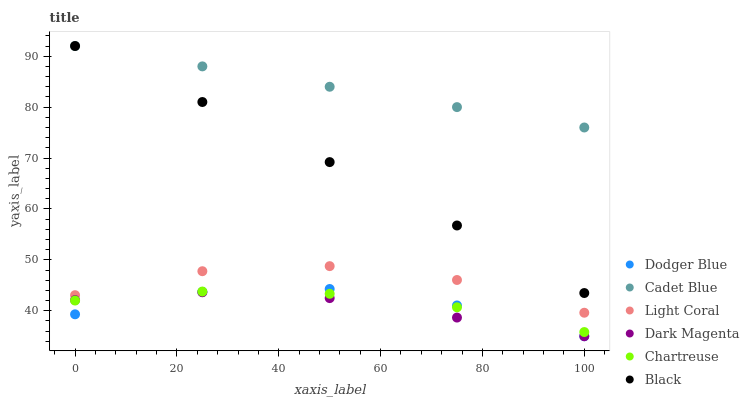
| xaxis_label | Dodger Blue | Cadet Blue | Light Coral | Dark Magenta | Chartreuse | Black |
 | --- | --- | --- | --- | --- | --- | --- |
 | 0 | 39.3 | 92 | 43.1 | 42.1 | 42 | 92 |
 | 25 | 43.7 | 88 | 47.8 | 43.6 | 43.8 | 81 |
 | 50 | 44.3 | 84 | 48.8 | 42.5 | 43.3 | 69.2 |
 | 75 | 41 | 80 | 46.1 | 38.7 | 40.7 | 56.8 |
 | 100 | 35 | 76 | 39.6 | 35 | 35.8 | 43.5 |